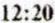
12:20